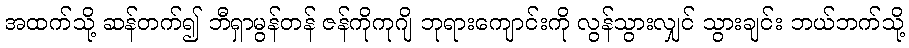
အထက်သို့ ဆန်တက်၍ ဘီရှာမွန်တန် ဇန်ကိုကုဂျိ ဘုရားကျောင်းကို လွန်သွားလျှင် သွားချင်း ဘယ်ဘက်သို့